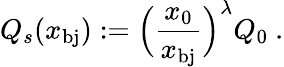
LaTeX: Q_{s}(x_{\mathrm{bj}}):=\Big(\frac{x_{0}}{x_{\mathrm{bj}}}\Big)^{\lambda}Q_{0}\ .